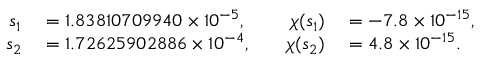
\begin{array} { r l r l } { s _ { 1 } } & { { } = 1 . 8 3 8 1 0 7 0 9 9 4 0 \times 1 0 ^ { - 5 } , } & { \quad \chi ( s _ { 1 } ) } & { { } = - 7 . 8 \times 1 0 ^ { - 1 5 } , } \\ { s _ { 2 } } & { { } = 1 . 7 2 6 2 5 9 0 2 8 8 6 \times 1 0 ^ { - 4 } , } & { \quad \chi ( s _ { 2 } ) } & { { } = 4 . 8 \times 1 0 ^ { - 1 5 } . } \end{array}